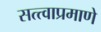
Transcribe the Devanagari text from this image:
सत्त्वाप्रमाणे